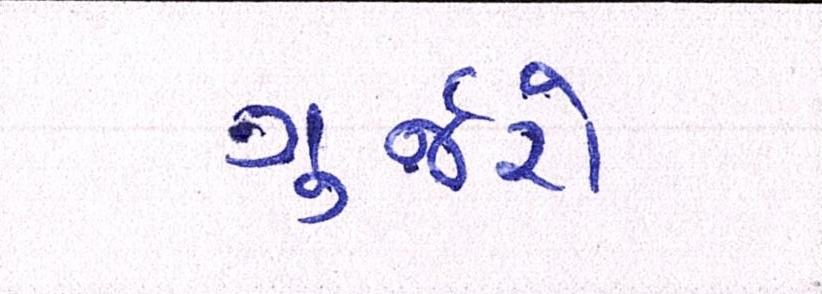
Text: ગુર્જરો